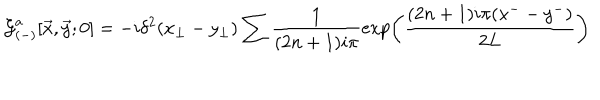
LaTeX: { \cal G } _ { ( - ) } ^ { a } [ { \vec { x } } , { \vec { y } } ; 0 ] = - i \delta ^ { 2 } ( x _ { \perp } - y _ { \perp } ) \sum \frac { 1 } { ( 2 n + 1 ) i \pi } \exp \left( \frac { ( 2 n + 1 ) i \pi ( x ^ { - } - y ^ { - } ) } { 2 L } \right)